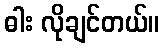
ဓါး လိုချင်တယ်။